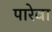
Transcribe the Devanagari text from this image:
पारेवा